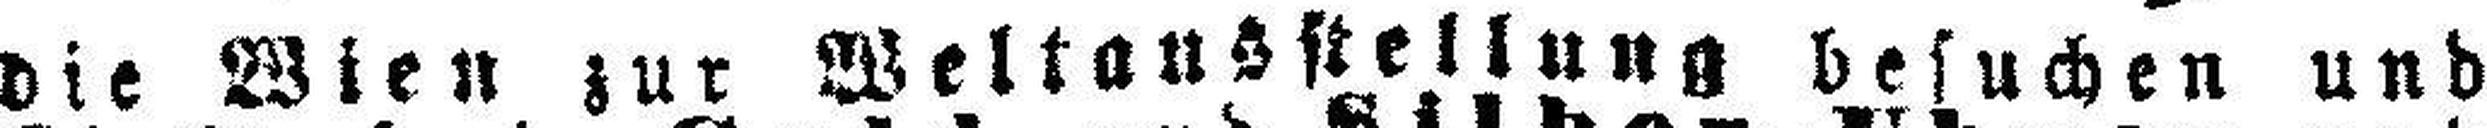
die Wien zur Weltausstellung besuchen und